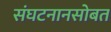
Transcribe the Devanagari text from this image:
संघटनानसोबत